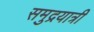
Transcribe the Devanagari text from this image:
समुद्रयात्री